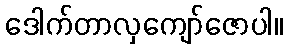
ဒေါက်တာလှကျော်ဇောပါ။